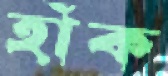
হাঁক